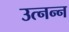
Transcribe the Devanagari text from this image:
उत्नन्न